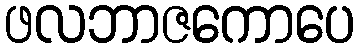
ဖလဘာဇကောပေ